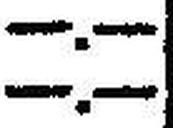
—.—